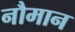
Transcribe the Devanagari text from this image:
नौमान